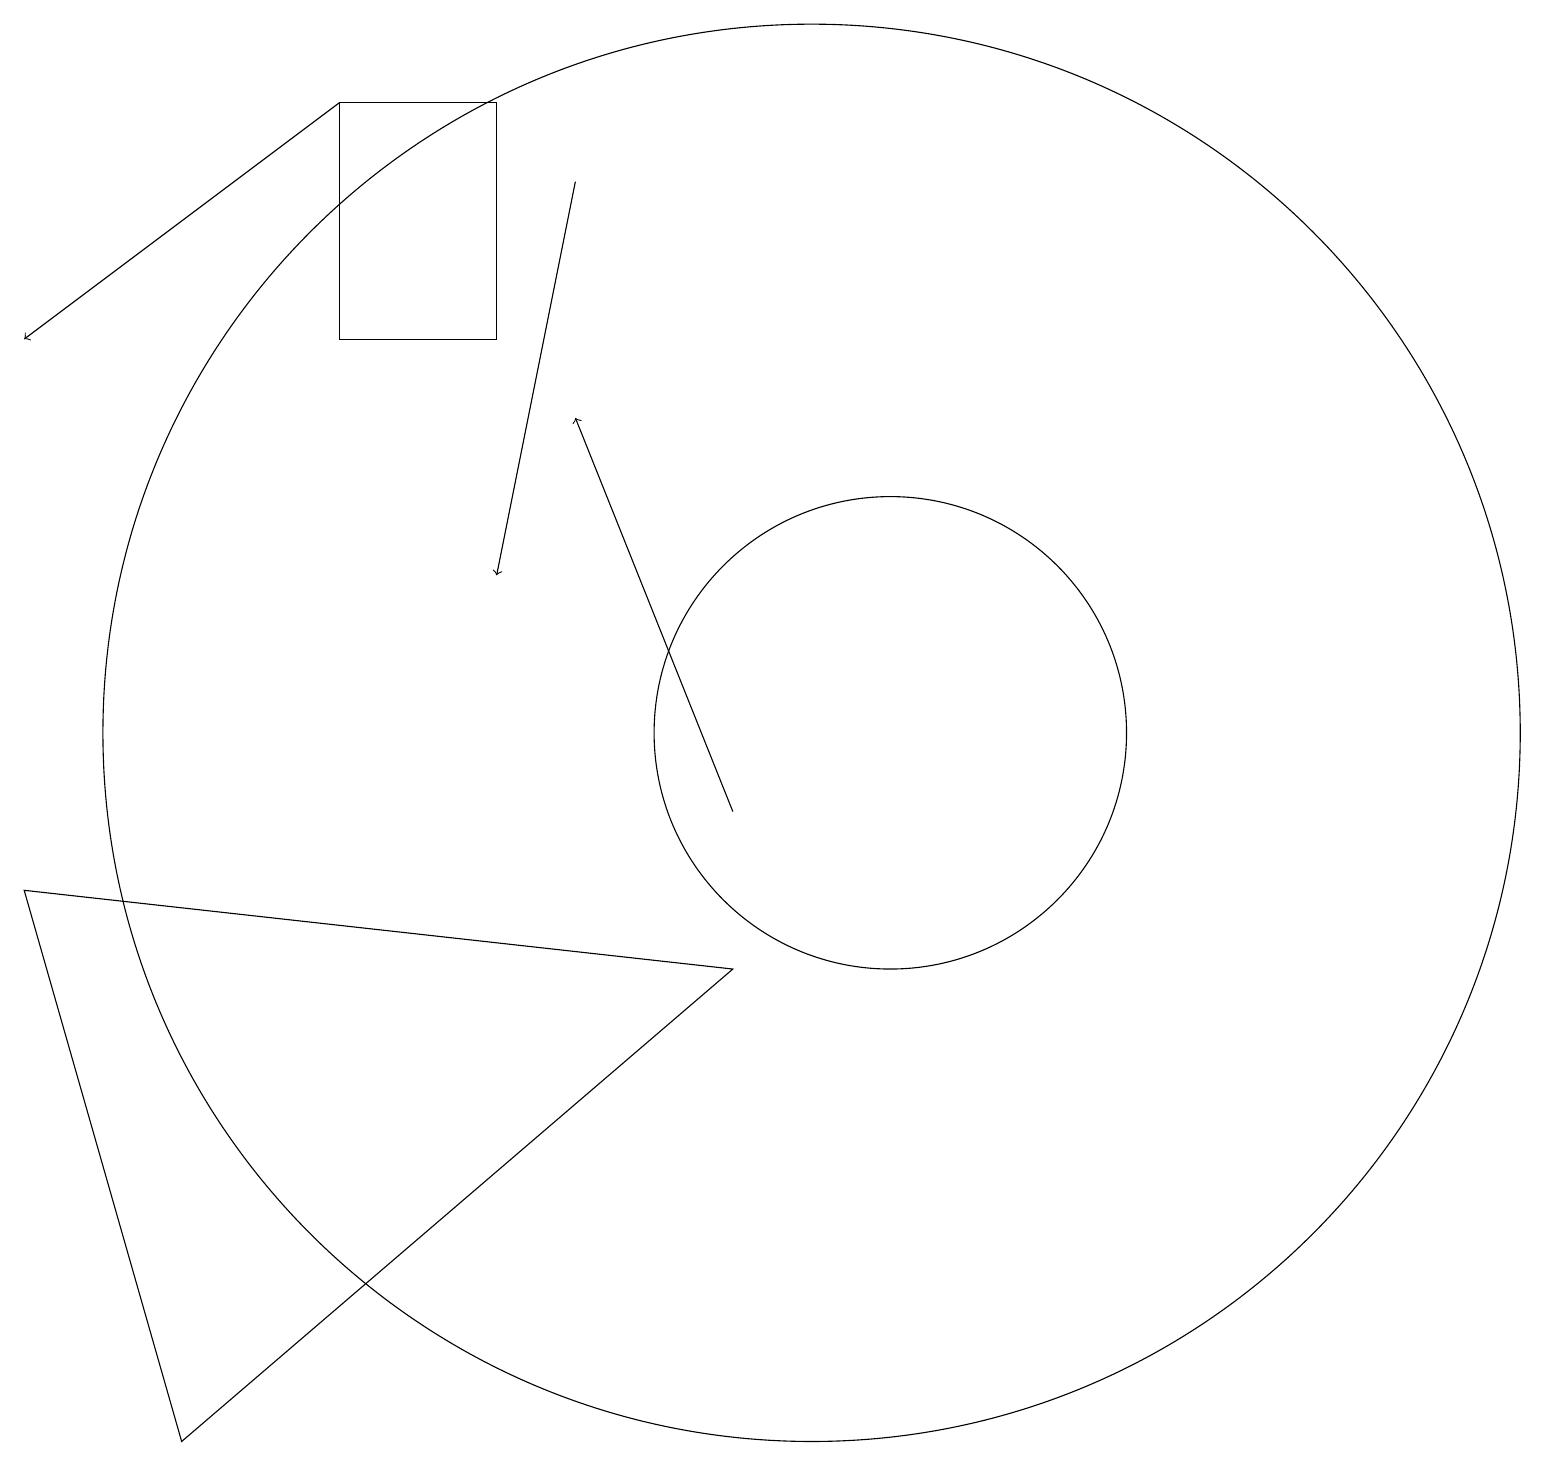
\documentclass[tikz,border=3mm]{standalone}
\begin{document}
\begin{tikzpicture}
\draw (10,11) circle (9);
\draw[->] (4,19) -- (0,16);
\draw (4,19) rectangle (6,16);
\draw (9,8) -- (2,2) -- (0,9) -- cycle;
\draw[->] (9,10) -- (7,15);
\draw (11,11) circle (3);
\draw[->] (7,18) -- (6,13);
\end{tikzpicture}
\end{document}